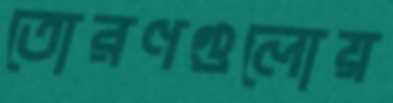
তোরণগুলোয়